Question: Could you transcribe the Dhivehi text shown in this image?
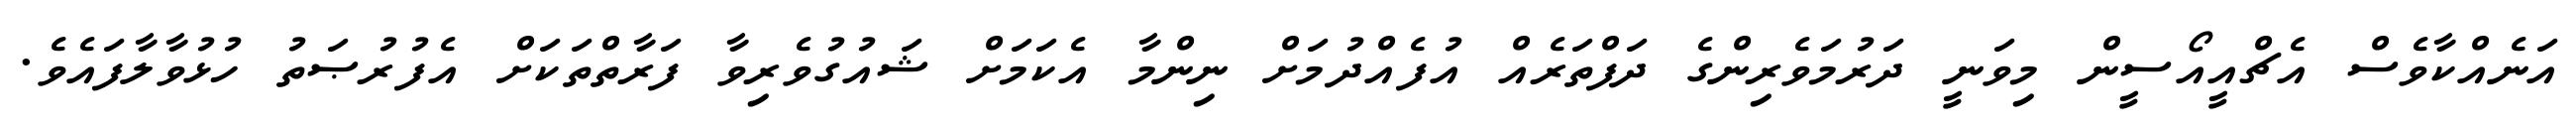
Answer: އަނެއްކާވެސް އެޗްއީއޯސީން މިވަނީ ދަރުމަވެރިންގެ ދަފްތަރެއް އުފެއްދުމަށް ނިންމާ އެކަމަށް ޝައުގުވެރިވާ ފަރާތްތަކަށް އެފުރުޞަތު ހުޅުވާލާފައެވެ.